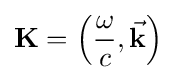
\mathbf {K} =\left({\frac {\omega }{c}},{\vec {\mathbf {k} }}\right)